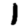
Digit: 1